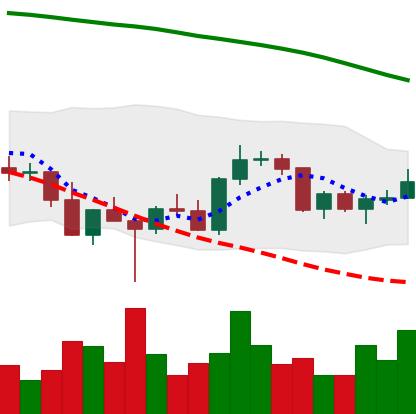
Ticker: BNB-USD
Chart end date: 2022-03-09
Forward return: -5.105%
Label: down_5_7